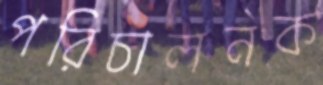
পরিচালনক